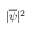
| \overline { { \psi } } | ^ { 2 }